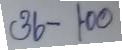
36 - 100